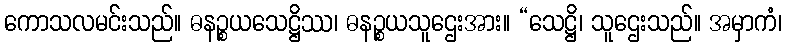
ကောသလမင်းသည်။ ဓနဉ္စယသေဋ္ဌိဿ၊ ဓနဉ္စယသူဌေးအား။ “သေဋ္ဌိ၊ သူဌေးသည်။ အမှာကံ၊